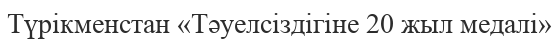
Түрікменстан «Тәуелсіздігіне 20 жыл медалі»